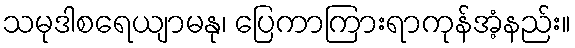
သမုဒါစရေယျာမနု၊ ပြေကာကြားရာကုန်အံ့နည်း။